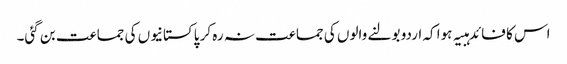
اس کا فائدہبیہ ہوا کہ اردو بولنے والوں کی جماعت نہ رہ کر پاکستانیوں کی جماعت بن گئی۔